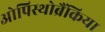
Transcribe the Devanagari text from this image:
ओपिस्थोब्रैंकिया